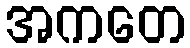
အကတေ